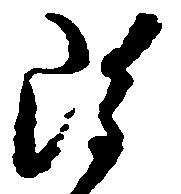
雖